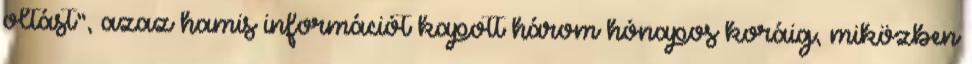
oltást”, azaz hamis információt kapott három hónapos koráig, miközben